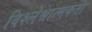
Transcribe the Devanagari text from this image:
विश्लेश्नात्मकता